Eesti_Rahvusfond, lk 77
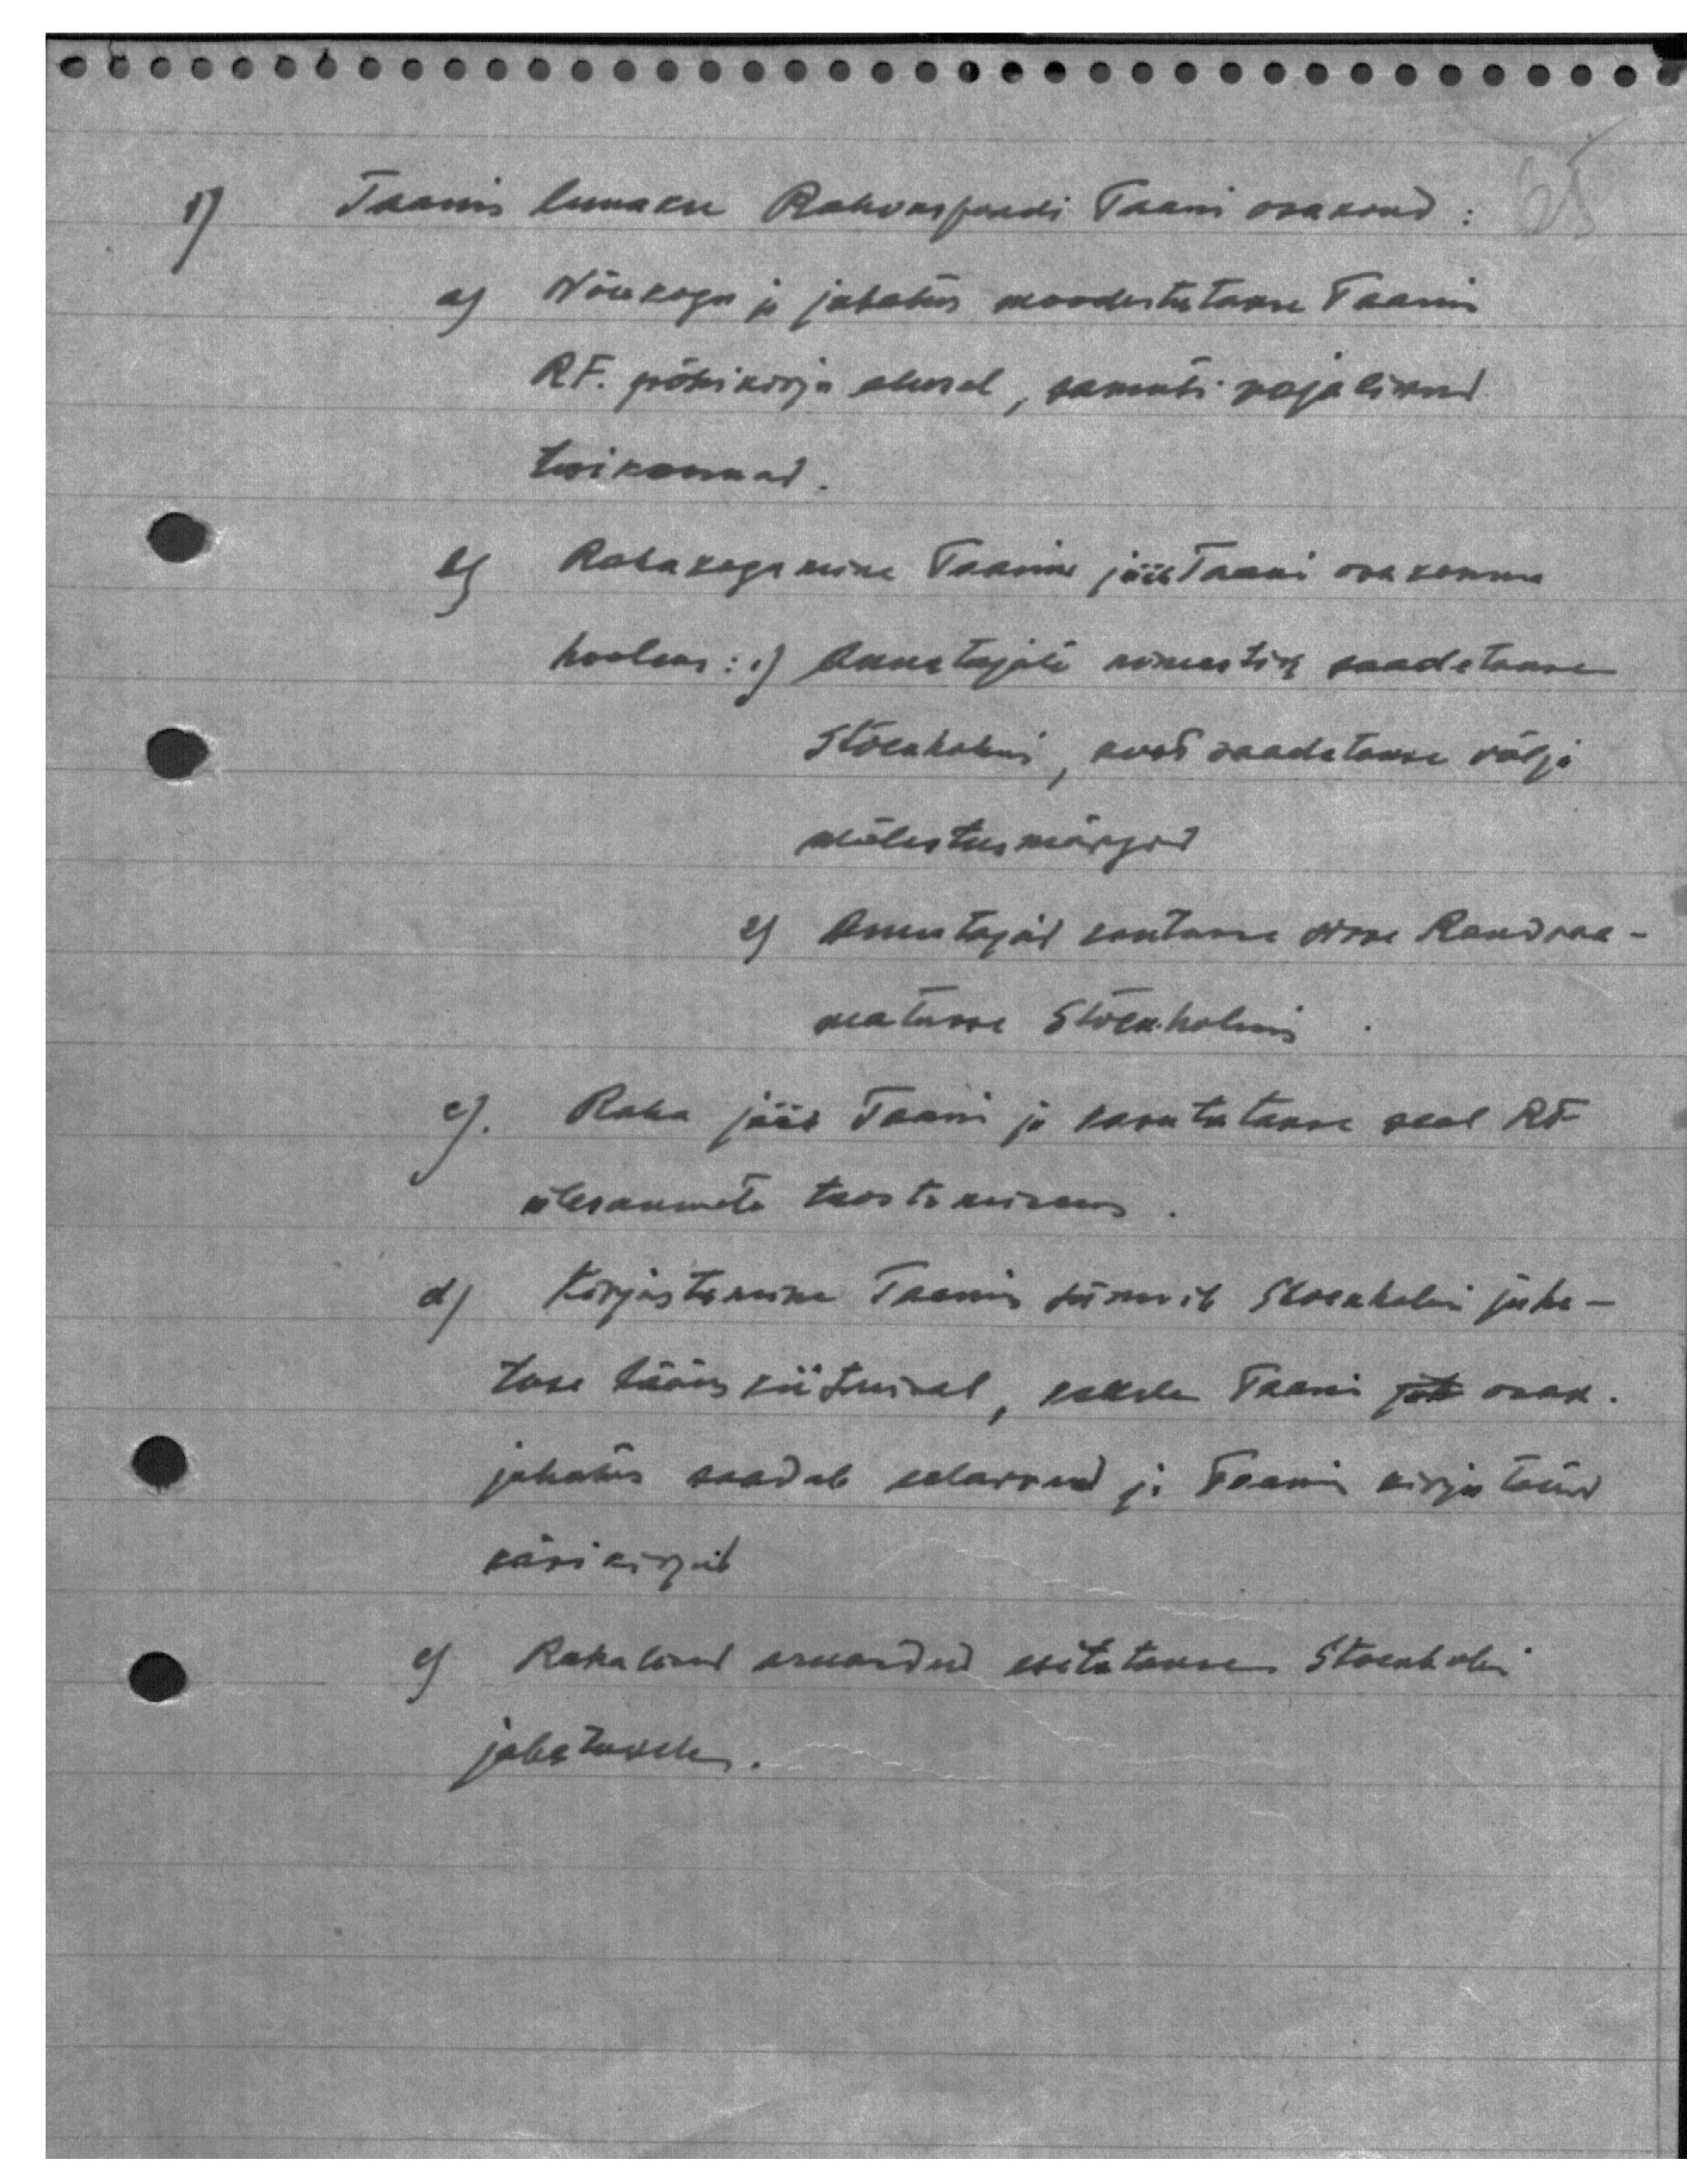
1) Taanis luuakse Rahvusfondi Taani osakond:
a) Nõukogu ja juhatus moodustatakse Taani
RF. põhikirja alusel, samuti vajalikud
toikonnad.
b)  Rahakogumine Taanis jääb Taani osakonna
hooleks: 1) Annetajate nimestik saadetakse
Stockholmi, kuni saadetakse välja
mälestusmärgid
2) Annetajad kantakse sisse Raudraa-
matusse Stockholmis
c).   Raha jääb Taani ja kasutatakse seal RF
ülesannete teostamiseks
d) Kirjastamine Taanis sünnib Stockholmi juha-
tuse hääkskiitmisel, kellele Taani jõu osak.
juhatus saadab eelarved ja Taanis kirjutatud
käsikirjad
e) Rahalised aruanded esitatakse Stockholmi
juhatusele.